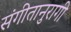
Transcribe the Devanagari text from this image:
संगीतानुरागी